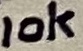
Text: 10K